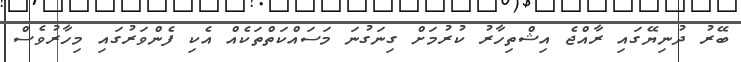
ބޭރު ދުނިޔޭގައި ރާއްޖެ އިޝްތިހާރު ކުރުމަށް ގިނަގުނަ މަސައްކަތްތަކެއް އެކި ފެންވަރުގައި މިހާރުވެސް